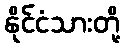
နိုင်ငံသားတို့